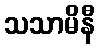
သသာမိနီ